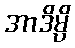
အာဒိမ္ပိ